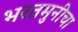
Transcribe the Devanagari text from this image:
भरतमुनीचा